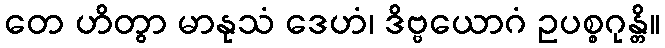
တေ ဟိတွာ မာနုသံ ဒေဟံ၊ ဒိဗ္ဗယောဂံ ဥပစ္စဂုန္တိ။